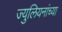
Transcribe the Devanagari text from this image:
ज्युलियनांच्या